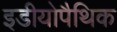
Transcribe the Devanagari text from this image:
इडीयोपैथिक